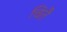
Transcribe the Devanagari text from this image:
चितै